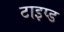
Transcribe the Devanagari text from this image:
टाइप्ड